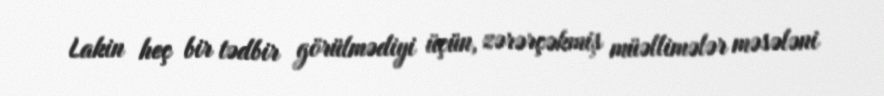
Lakin heç bir tədbir görülmədiyi üçün, zərərçəkmiş müəllimələr məsələni